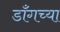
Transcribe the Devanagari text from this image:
डाँगच्या